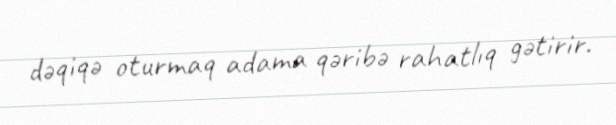
dəqiqə oturmaq adama qəribə rahatlıq gətirir.